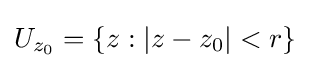
U_{z_{0}}=\{z:\left|z-z_{0}\right|<r\}